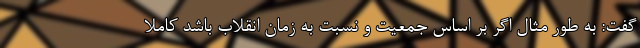
گفت: به طور مثال اگر بر اساس جمعیت و نسبت به زمان انقلاب باشد کاملا